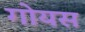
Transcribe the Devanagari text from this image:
गोयस